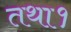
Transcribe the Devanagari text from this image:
तथा१